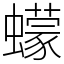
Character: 蠓